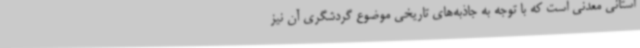
استانی معدنی است که با توجه به جاذبه‌های تاریخی موضوع گردشگری آن نیز